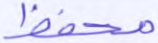
محفظ